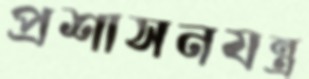
প্রশাসনযন্ত্র